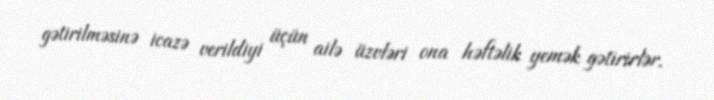
gətirilməsinə icazə verildiyi üçün ailə üzvləri ona həftəlik yemək gətirirlər.